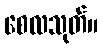
စေလသုတ်။